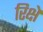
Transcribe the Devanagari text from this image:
रिक्षे